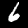
Label: 6